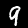
Label: 9